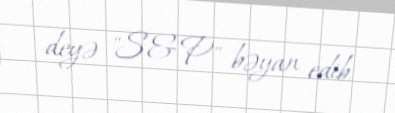
deyə "S&P" bəyan edib.